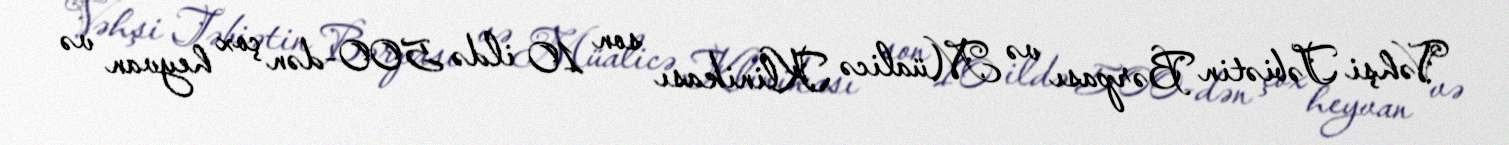
Vəhşi Təbiətin Bərpası və Müalicə Klinikası son 10 ildə 500-dən çox heyvan və